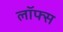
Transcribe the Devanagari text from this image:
लॉफ्स